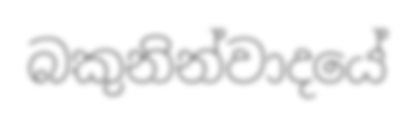
බකුනින්වාදයේ